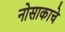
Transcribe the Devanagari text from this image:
नोसाकाचे